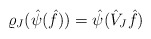
\begin{align*}\varrho_J(\hat{\psi}(\hat{f}))=\hat{\psi}(\hat{V}_J\hat{f})\end{align*}